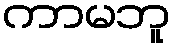
ကာမဘူ